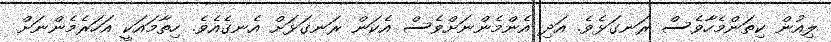
ލިއުން ކިތަންމެހާވެސް ރަނގަޅެވެ. އަދި އެންމެންނަށްވެސް އެކަން ރަނގަޅަށް އެނގެއެވެ. ހިތާމައަކީ އަހަރެމެންނަށް